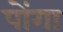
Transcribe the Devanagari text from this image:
पोंगा